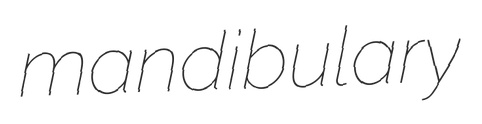
mandibulary